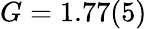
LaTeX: G=1.77(5)